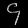
Digit: ၄